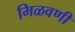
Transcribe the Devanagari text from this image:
मिळवणी